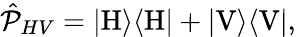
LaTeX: \begin{array}{r}{\hat{\mathcal{P}}_{HV}=|\mathrm{H}\rangle\langle\mathrm{H}|+|\mathrm{V}\rangle\langle\mathrm{V}|,}\end{array}